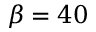
\beta = 4 0